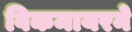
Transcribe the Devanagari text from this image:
विकमायरने